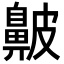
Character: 𪖞